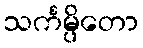
သင်္ကမ္ပိတော